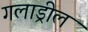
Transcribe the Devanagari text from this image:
गलाड्रील